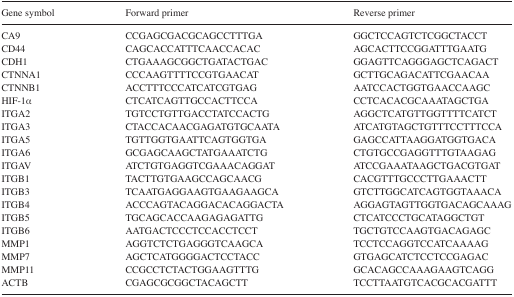
<table><thead><tr><td><b>Gene symbol</b></td><td><b>Forward primer</b></td><td><b>Reverse primer</b></td></tr></thead><tbody><tr><td>CA9</td><td>CCGAGCGACGCAGCCTTTGA</td><td>GGCTCCAGTCTCGGCTACCT</td></tr><tr><td>CD44</td><td>CAGCACCATTTCAACCACAC</td><td>AGCACTTCCGGATTTGAATG</td></tr><tr><td>CDH1</td><td>CTGAAAGCGGCTGATACTGAC</td><td>GGAGTTCAGGGAGCTCAGACT</td></tr><tr><td>CTNNA1</td><td>CCCAAGTTTTCCGTGAACAT</td><td>GCTTGCAGACATTCGAACAA</td></tr><tr><td>CTNNB1</td><td>ACCTTTCCCATCATCGTGAG</td><td>AATCCACTGGTGAACCAAGC</td></tr><tr><td>HIF-1α</td><td>CTCATCAGTTGCCACTTCCA</td><td>CCTCACACGCAAATAGCTGA</td></tr><tr><td>ITGA2</td><td>TGTCCTGTTGACCTATCCACTG</td><td>AGGCTCATGTTGGTTTTCATCT</td></tr><tr><td>ITGA3</td><td>CTACCACAACGAGATGTGCAATA</td><td>ATCATGTAGCTGTTTCCTTTCCA</td></tr><tr><td>ITGA5</td><td>TGTTGGTGAATTCAGTGGTGA</td><td>GAGCCATTAAGGATGGTGACA</td></tr><tr><td>ITGA6</td><td>GCGAGCAAGCTATGAAATCTG</td><td>CTGTGCCGAGGTTTGTAAGAG</td></tr><tr><td>ITGAV</td><td>ATCTGTGAGGTCGAAACAGGAT</td><td>ATCCGAAATAAGCTGACGTGAT</td></tr><tr><td>ITGB1</td><td>TACTTGTGAAGCCAGCAACG</td><td>CACGTTTGCCCTTGAAACTT</td></tr><tr><td>ITGB3</td><td>TCAATGAGGAAGTGAAGAAGCA</td><td>GTCTTGGCATCAGTGGTAAACA</td></tr><tr><td>ITGB4</td><td>ACCCAGTACAGGACACAGGACTA</td><td>AGGAGTAGTTGGTGACAGCAAAG</td></tr><tr><td>ITGB5</td><td>TGCAGCACCAAGAGAGATTG</td><td>CTCATCCCTGCATAGGCTGT</td></tr><tr><td>ITGB6</td><td>AATGACTCCCTCCACCTCCT</td><td>TGCTGTCCAAGTGACAGAGC</td></tr><tr><td>MMP1</td><td>AGGTCTCTGAGGGTCAAGCA</td><td>TCCTCCAGGTCCATCAAAAG</td></tr><tr><td>MMP7</td><td>AGCTCATGGGGACTCCTACC</td><td>GTGAGCATCTCCTCCGAGAC</td></tr><tr><td>MMP11</td><td>CCGCCTCTACTGGAAGTTTG</td><td>GCACAGCCAAAGAAGTCAGG</td></tr><tr><td>ACTB</td><td>CGAGCGCGGCTACAGCTT</td><td>TCCTTAATGTCACGCACGATTT</td></tr></tbody></table>